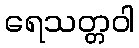
ရေသတ္တဝါ